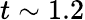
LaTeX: t\sim 1.2